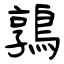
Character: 鶉